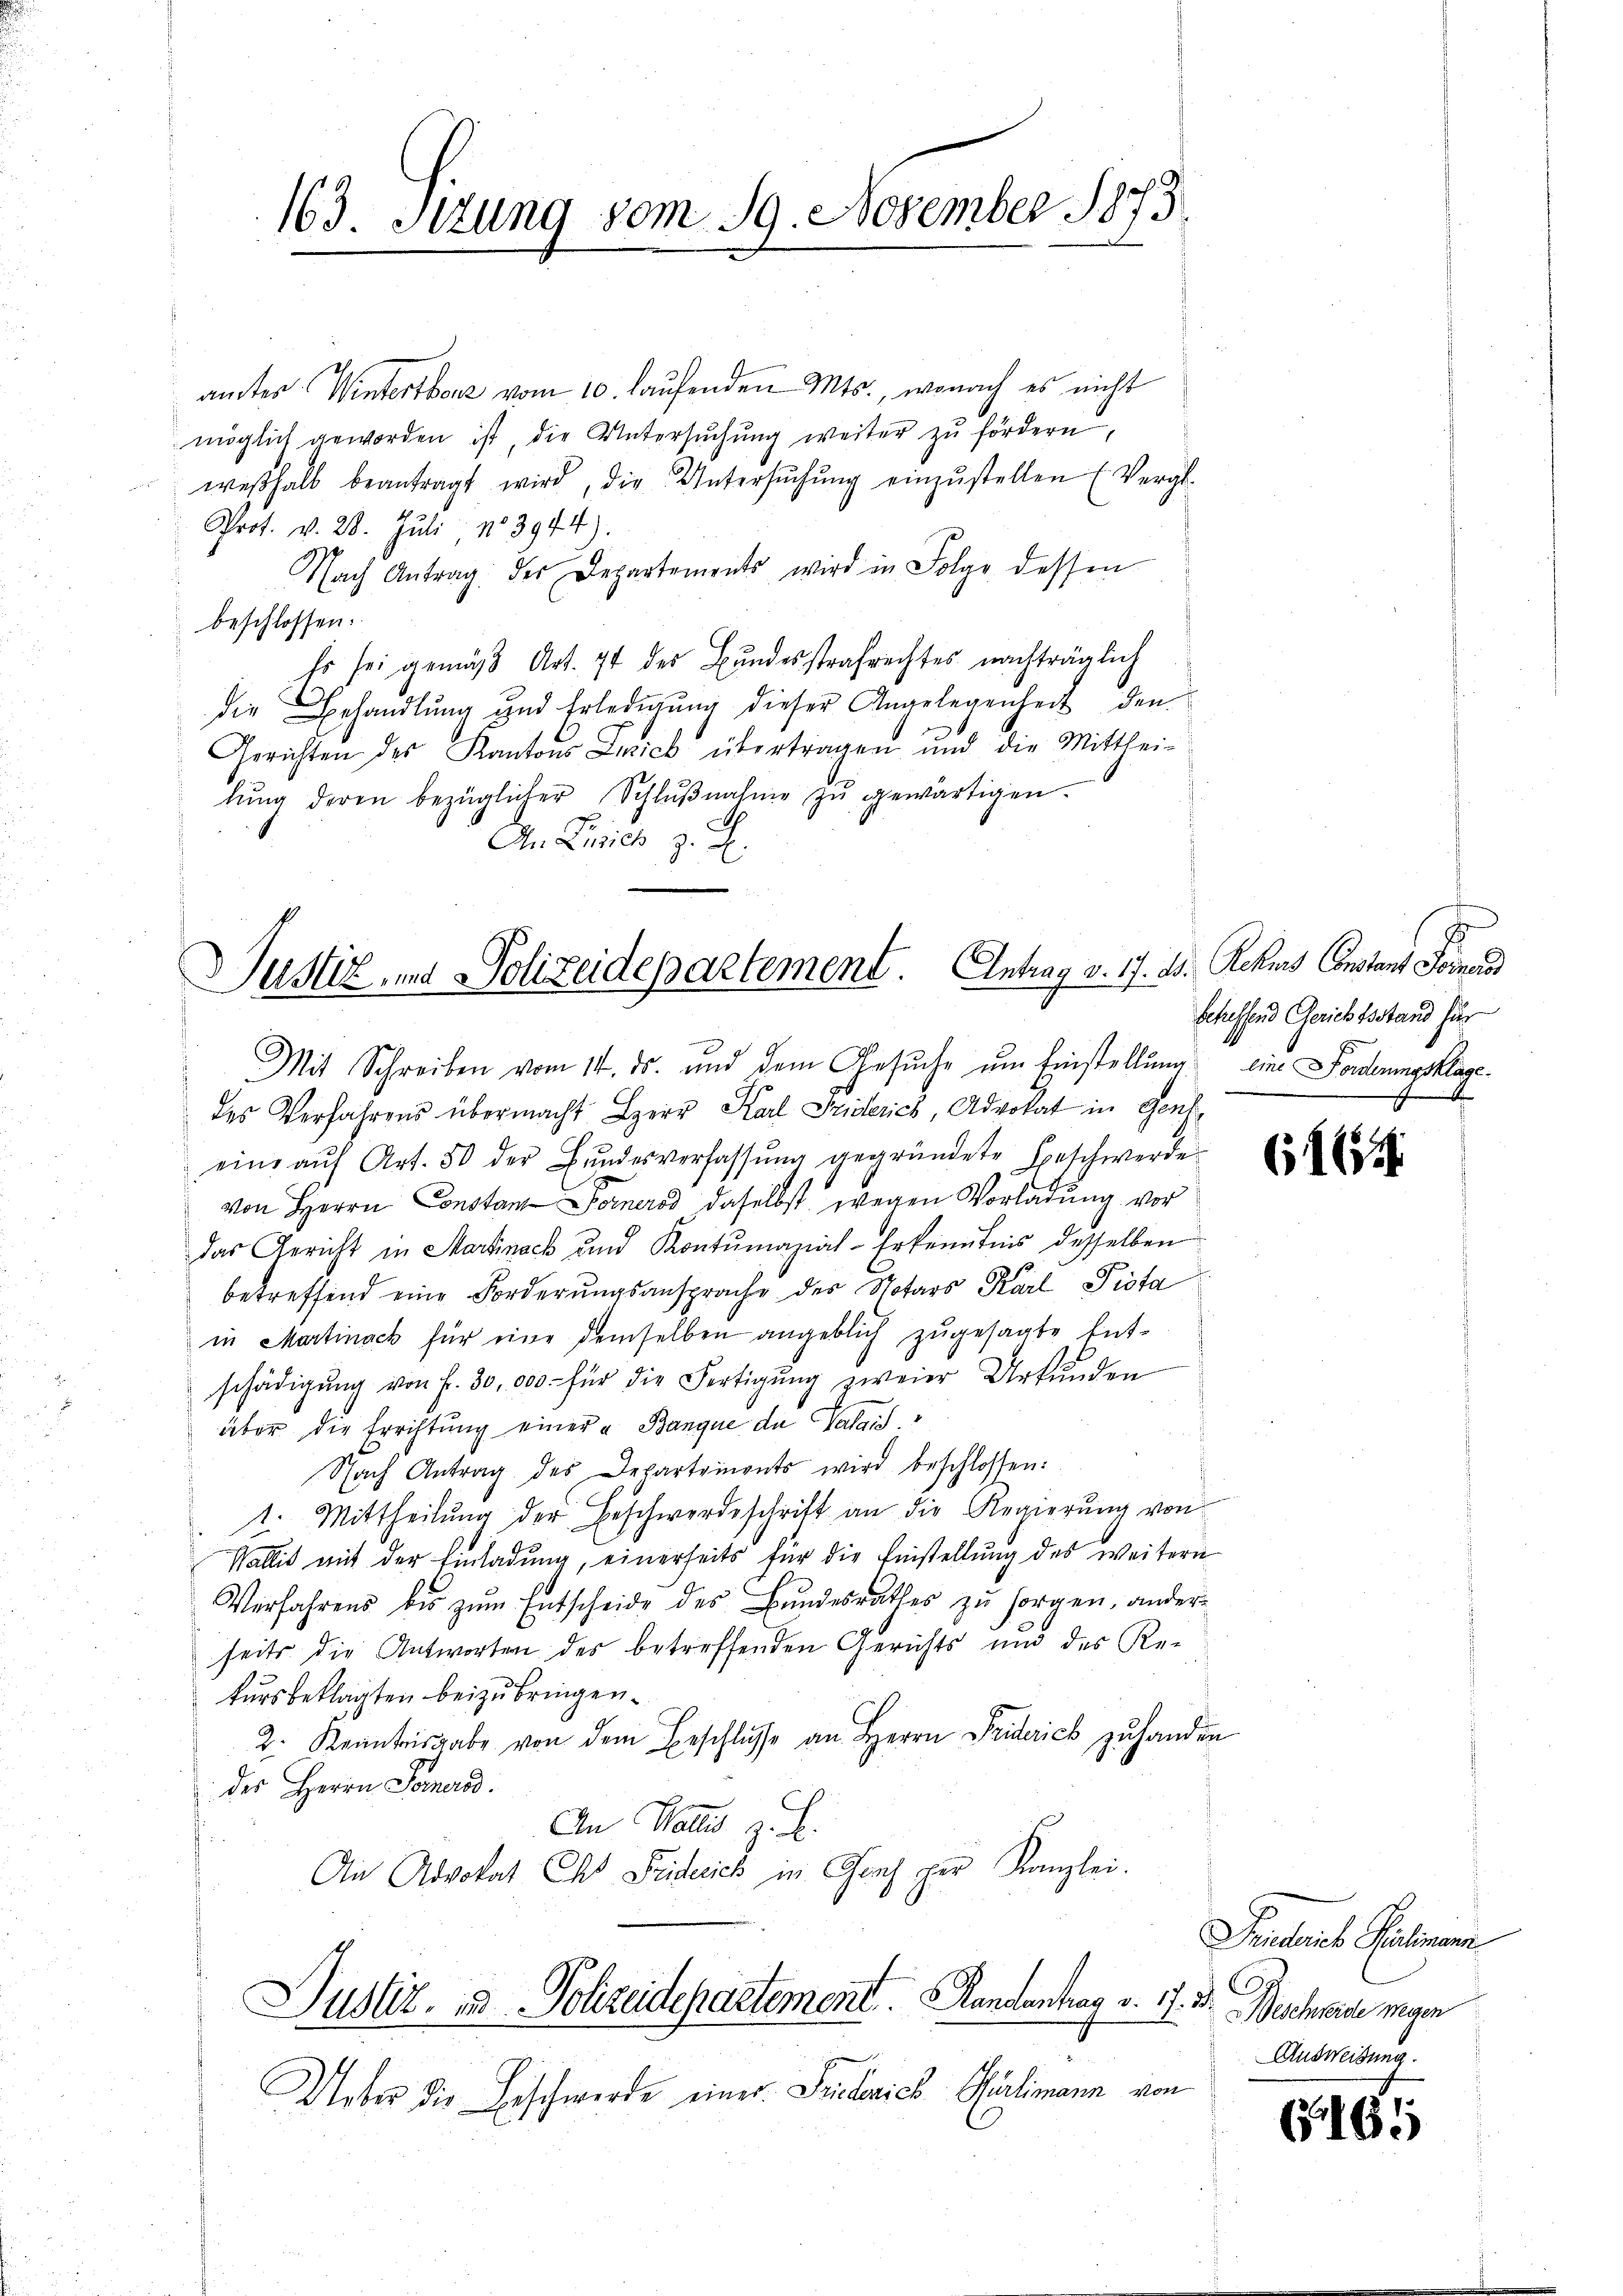
163. Itzung vom 19. November 1873

amter Wintertherz vom 10. laufenden Mts., wonach es nicht
möglich geworden ist, die Untersŭchŭng weiter zŭ fördern,
weβhalb beantragt wird, die Untersŭchŭng einzŭstellen (Vergl.
Prot. v. 28. Juli 183944).
Nach Antrag: der Departements wird in Folge dessen
beschlossen:
Es sei gemäβ Art. 74 des Bundesstrafrechtes nachträglich
die Behandlung und Erledigung dieser Angelegenheit den
Gerichten des Kantons Leich übertragen und die Mitthei-
lŭng deren bezüglicher Schlŭβnahme zŭ gewärtigen.
An Zürich z. B.

Justiz und Polizeidepartement. Antrag v. 17. ds. Rekurs Constant Formund
Mit Schreiben vom 14. ds. und dem Gesŭche um Einstellŭng eine Forderungsklage¬

des Verfahrens übermacht Herr Karl Triderich, Advokat in Genf
eine aŭf Art. 50 der Bŭndesverfassŭng gegründete Beschwerde
von Herrn Constant Fernernd daselbst, wegen Vorladung vor
das Gericht in Martinack und Kontumazial-Erkenntnis desselben
betreffend eine Forderungsansprache des Notars Karl Pista
in Martinack für eine demselben angeblich zugesagte Entschädigŭng von f. 30,000 für die Fertigŭng zweier Urkunden
aber die Errichtung einer " Banque de Valais.
Nach Antrag des Departements wird beschlossen:
1. Mittheilŭng der Beschwerdeschrift an die Regierŭng von
Wallis mit der Einladŭng, einerseits für die Einstellŭng des weitern
Verfahrens bis zŭm Entscheide des Bŭndesrathes zŭ sorgen, ander-
seits die Antworten des betreffenden Gerichts und des Rekursbeklagten beizubringen.
2. Kenntnisgabe von dem Beschlŭsse an Herrn Friderich zŭ handen
 des Herrn Somerad.
An Wallis z. B.
s
An Advokat Ch. Friderich in Graf per Kanzlei.
Justiz- & Polizeidepartement. Handantrag v. 17. 38.
Ueber die Beschwerde einer Friederich Hürlimann von

betreffend Gerichtsstand für

6161

Findereb Paulimann
Bescheide wegen
Ausweisung.

164